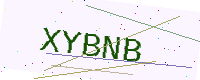
Text: XYBNB